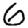
Digit: 6